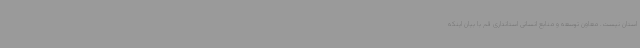
استان نیست. معاون توسعه و منابع انسانی استانداری قم با بیان اینکه